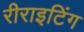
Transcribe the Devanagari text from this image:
रीराइटिंग